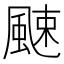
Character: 𩗣